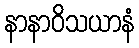
နာနာဝိသယာနံ